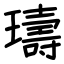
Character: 璹